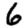
Digit: 6